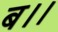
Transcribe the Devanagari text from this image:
ब।।